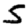
Digit: 5